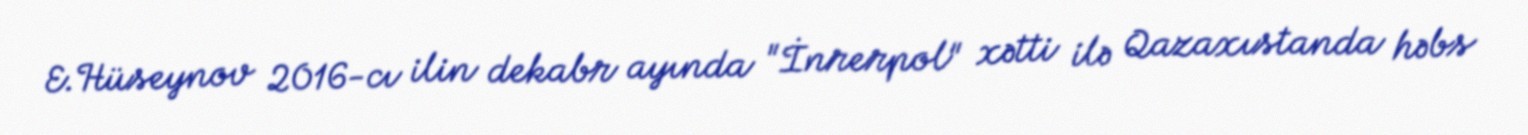
E.Hüseynov 2016-cı ilin dekabr ayında "İnrerpol" xətti ilə Qazaxıstanda həbs